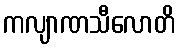
ကလျာဏသီလောတိ